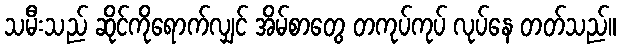
သမီးသည် ဆိုင်ကိုရောက်လျှင် အိမ်စာတွေ တကုပ်ကုပ် လုပ်နေ တတ်သည်။